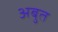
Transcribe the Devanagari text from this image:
अबुत